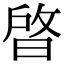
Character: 晵